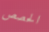
الحصص